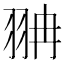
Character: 𦐘